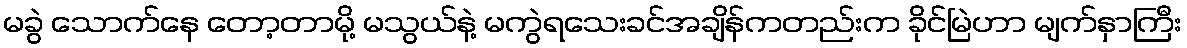
မခွဲ သောက်နေ တော့တာမို့ မသွယ်နဲ့ မကွဲရသေးခင်အချိန်ကတည်းက ခိုင်မြဲဟာ မျက်နှာကြီး